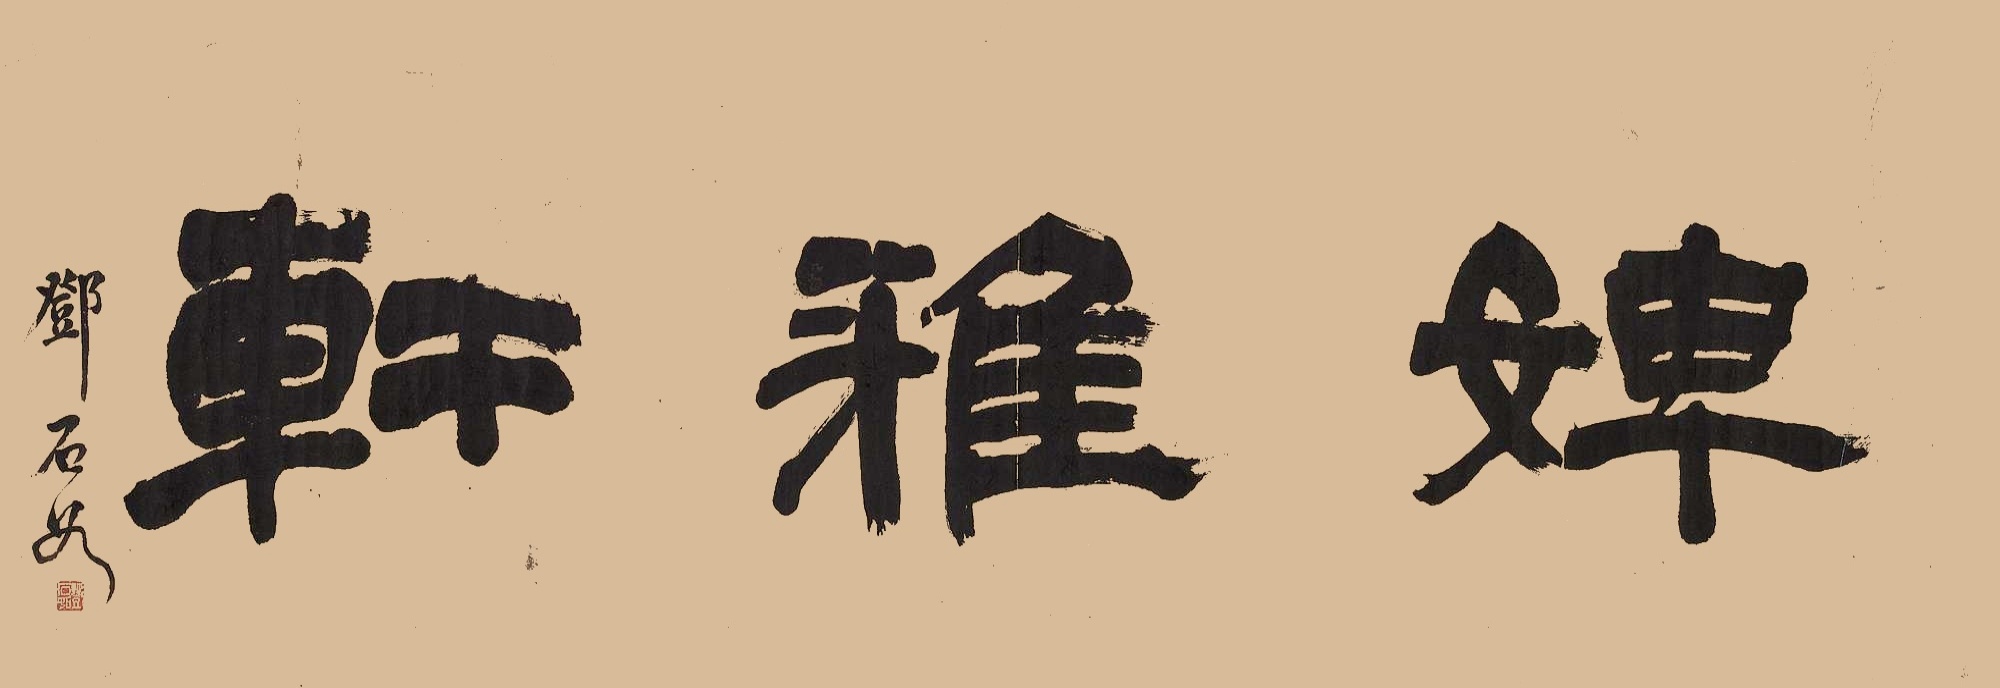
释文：婢雅轩邓石如